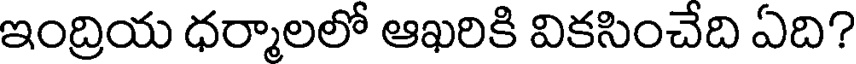
ఇంద్రియ ధర్మాలలో ఆఖరికి వికసించేది ఏది?